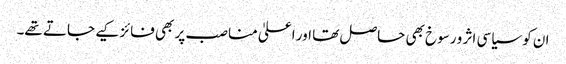
ان کو سیاسی اثر و رسوخ بھی حاصل تھا اور اعلیٰ مناصب پر بھی فائز کیے جاتے تھے۔